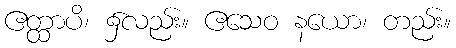
ဧတ္ထာပိ၊ ၌လည်း။ ဧသေဝ နယော၊ တည်း။